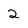
Character: 2